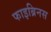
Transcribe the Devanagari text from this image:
फाइब्रिनस